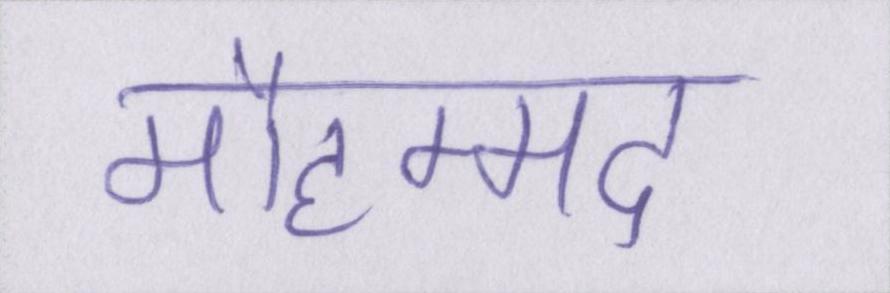
मौहम्मद